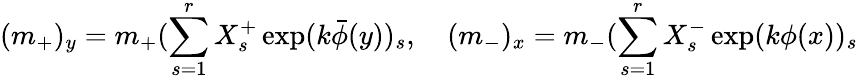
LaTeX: (m_{+})_{y}=m_{+}(\sum_{s=1}^{r}X_{s}^{+}\exp(k\bar{\phi}(y))_{s},\quad(m_{-})_{x}=m_{-}(\sum_{s=1}^{r}X_{s}^{-}\exp(k\phi(x))_{s}